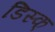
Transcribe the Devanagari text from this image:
डिस्क्